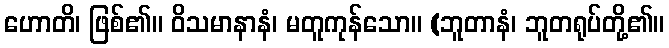
ဟောတိ၊ ဖြစ်၏။ ဝိသမာနာနံ၊ မတူကုန်သော။ (ဘူတာနံ၊ ဘူတရုပ်တို့၏။